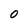
Character: 0